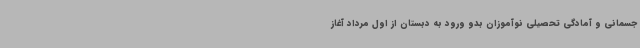
جسمانی و آمادگی تحصیلی نوآموزان بدو ورود به دبستان از اول مرداد آغاز